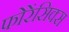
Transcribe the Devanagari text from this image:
फोरेंसिक्स